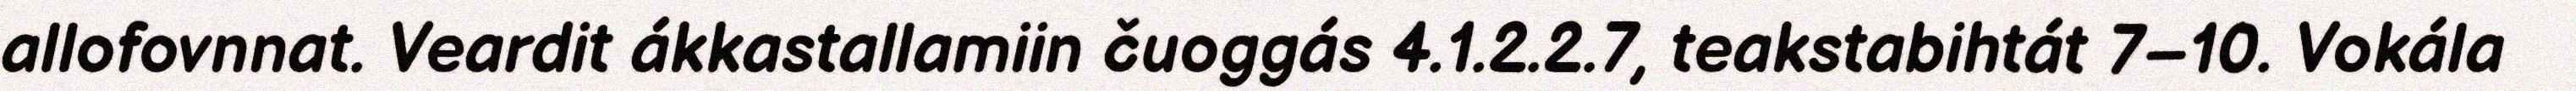
allofovnnat. Veardit ákkastallamiin čuoggás 4.1.2.2.7, teakstabihtát 7–10. Vokála